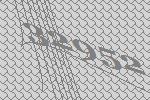
32952